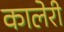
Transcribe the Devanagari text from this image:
कालेरी